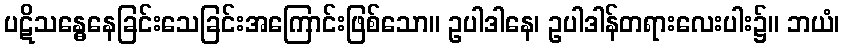
ပဋိသန္ဓေနေခြင်းသေခြင်းအကြောင်းဖြစ်သော။ ဥပါဒါနေ၊ ဥပါဒါန်တရားလေးပါး၌။ ဘယံ၊